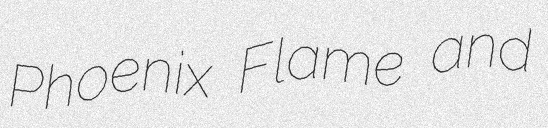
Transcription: Phoenix Flame and